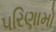
૫રિણામો